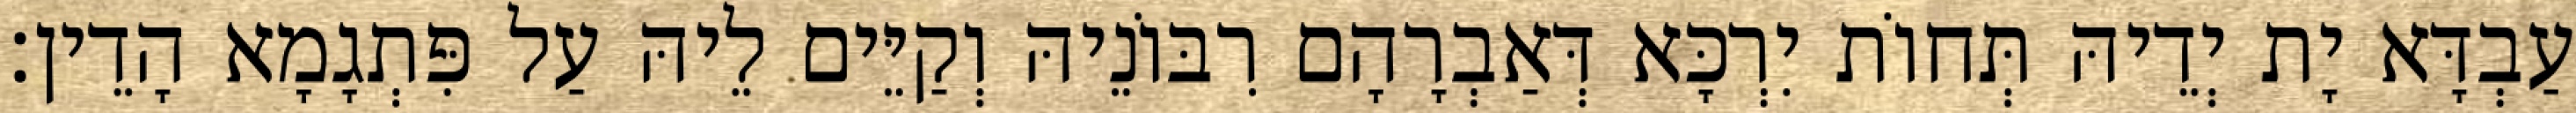
עַבְדָּא יָת יְדֵיהּ תְּחוֹת יִרְכָּא דְּאַבְרָהָם רִבּוֹנֵיהּ וְקַיֵּים לֵיהּ עַל פִּתְגָמָא הָדֵין׃